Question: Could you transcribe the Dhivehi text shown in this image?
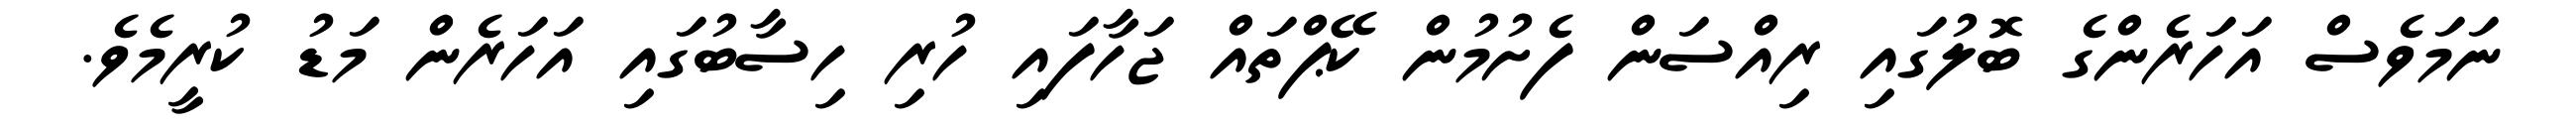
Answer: ނަމަވެސް އަހަރެންގެ ބޮލުގައި ރިއްސަން ފެށުމުން ކޭޕްތައް ޖަހާފައި ހުރި ހިސާބުގައި އަހަރެން މަޑު ކުރީމެވެ.